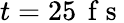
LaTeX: t=25\, \mathrm{~f~s~}